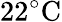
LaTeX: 22{}^{\circ}\mathrm{C}